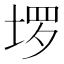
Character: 𫭽